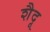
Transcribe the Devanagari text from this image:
शैदू